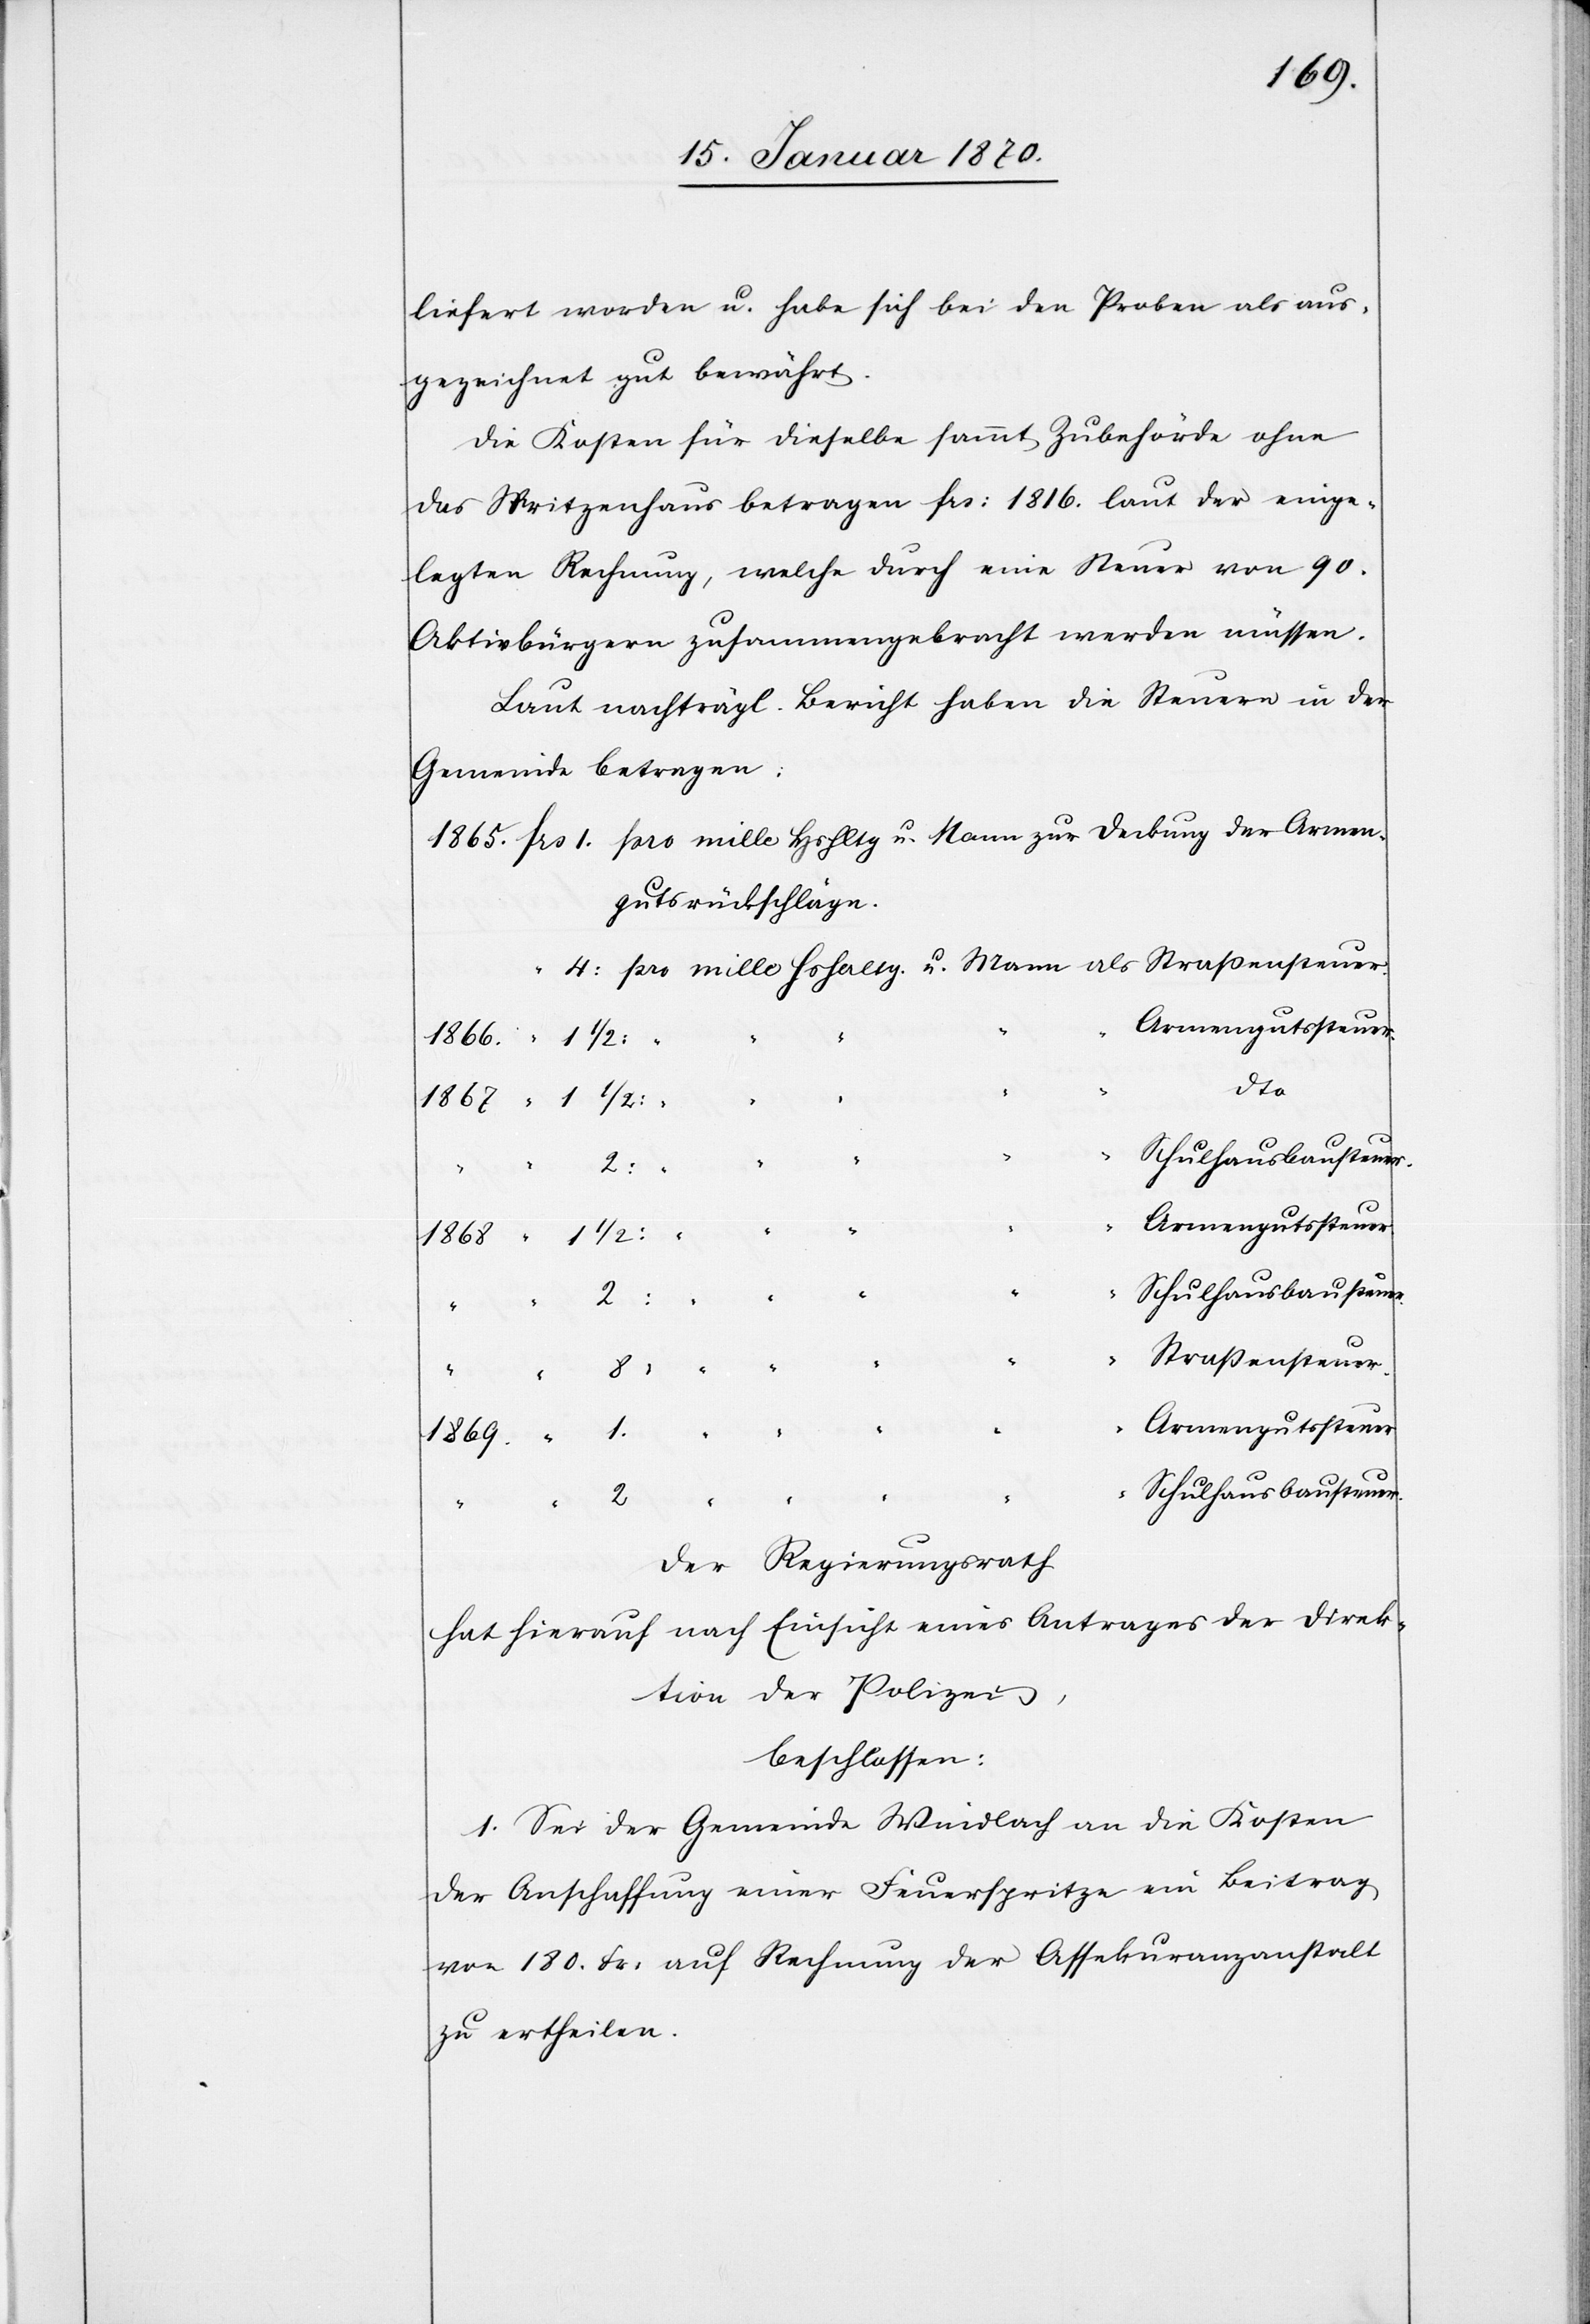
1869.
liefert worden u. habe sich bei den Proben als aus¬
gezeichnet gut bewährt.
Die Kosten für dieselbe sammt Zubehörde ohne
das Spritzenhaus betragen frs: 1816. laut der einge¬
legten Rechnung, welche durch eine Steuer von 90.
Aktivbürgern zusammengebracht werden müssen.
Laut nachträgl. Bericht haben die Steuern in der
Gemeinde betragen:
gutsrückschläge.
dto
Schulhausbausteuer.
Armengutsteuer
1868
Straßensteuer.
Armengutsteuer.
“
2
Der Regierungsrath
hat hierauf nach Einsicht eines Antrages der Direk¬
tion der Polizei
1.
beschlossen:
I. Sei der Gemeinde Windlach an die Kosten
der Anschaffung einer Feuerspritze ein Beitrag
von 180. Fr: auf Rechnung der Assekuranzanstalt
zu ertheilen.